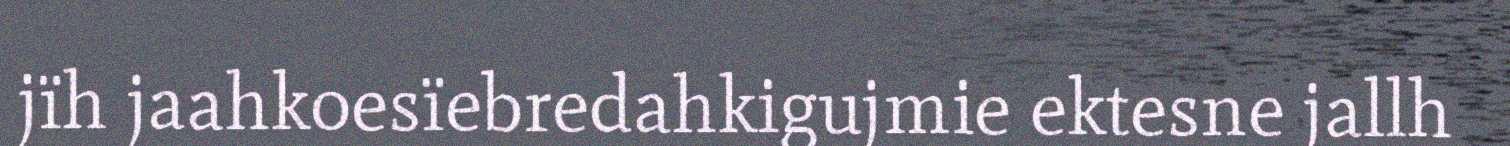
jïh jaahkoesïebredahkigujmie ektesne jallh